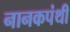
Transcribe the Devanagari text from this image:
नानकपंथी